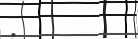
: